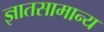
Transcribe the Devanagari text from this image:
ज्ञातसामान्य